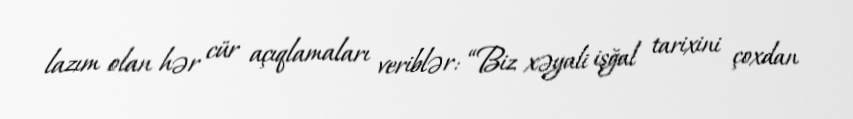
lazım olan hər cür açıqlamaları veriblər: “Biz xəyali işğal tarixini çoxdan